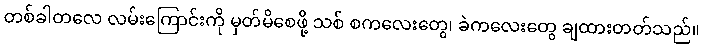
တစ်ခါတလေ လမ်းကြောင်းကို မှတ်မိစေဖို့ သစ် စကလေးတွေ၊ ခဲကလေးတွေ ချထားတတ်သည်။